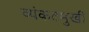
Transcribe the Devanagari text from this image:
व्यंकटमुखी